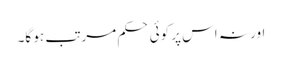
اور نہ اس پر کوئی حکم مرتب ہو گا۔